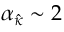
\alpha _ { \hat { \kappa } } \sim 2